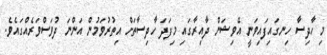
މި ހާދިސާ ހިނގައިފައިވަނީ އޭވިޝަން ދާއިރާގައި މިފަދަ ހާދިސާތަށް އިތުރުވަމުން އަންނަ ދުވަސްވަރެއްގައެވެ.